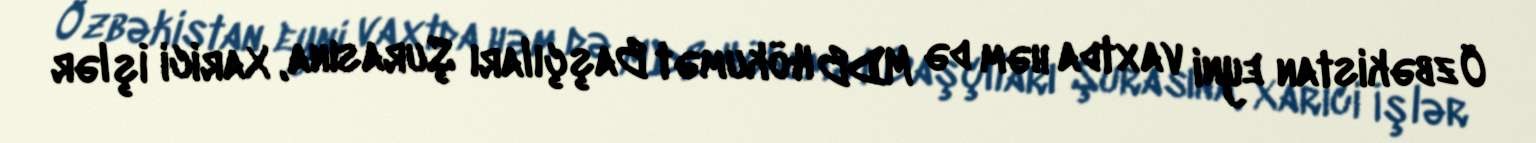
Özbəkistan eyni vaxtda həm də MDB Hökumət Başçıları Şurasına, Xarici İşlər